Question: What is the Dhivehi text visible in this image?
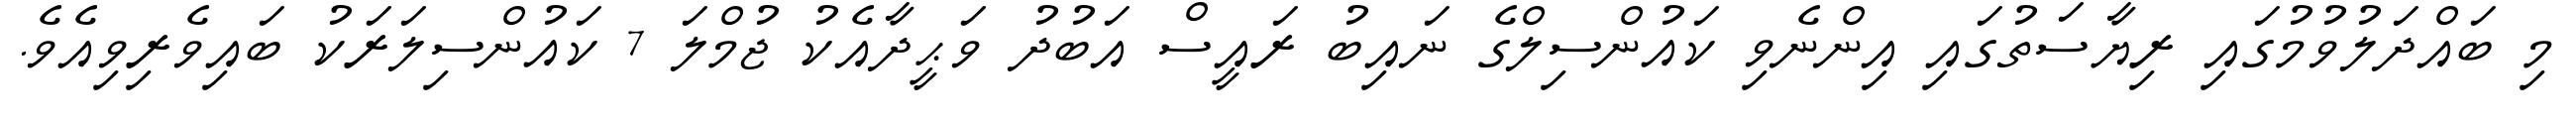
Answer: މި ބައްދަލުވުމުގައި ރިޔާސަތުގައި އިންނެވި ކައުންސިލްގެ ނައިބު ރައީސް އަބުދު ވަޙީދާއެކު ޖުމްލަ 7 ކައުންސިލަރަކު ބައިވެރިވިއެވެ.